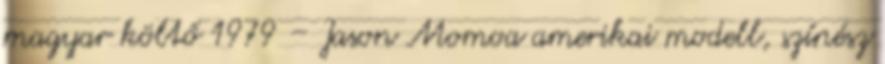
magyar költő 1979 – Jason Momoa amerikai modell, színész